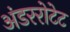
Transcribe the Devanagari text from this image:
अंडररोटेट